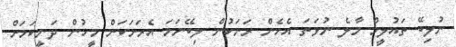
ނުލިބޭ ތައުލީމް މާލެ ނުވަތަ އެހެން ރަށަކުން ލިބޭނަމަ އެރަށަކަށް މީހުން ދަނީކަމަށް